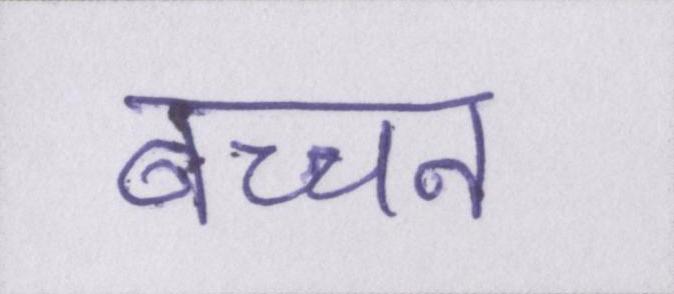
बच्चन